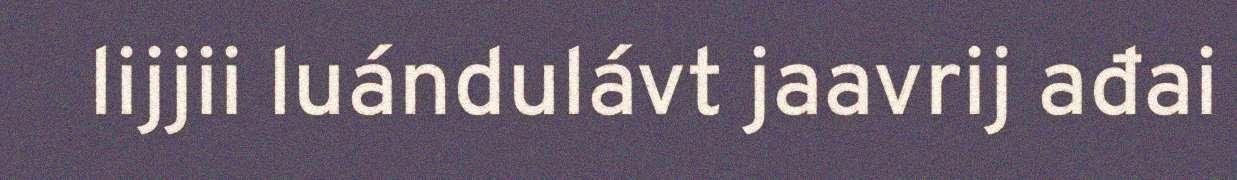
lijjii luándulávt jaavrij ađai